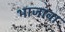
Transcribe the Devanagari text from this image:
भाजावा